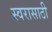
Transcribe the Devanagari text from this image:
स्वरासाठी